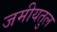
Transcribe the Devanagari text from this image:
जमीयतुल